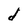
Character: d